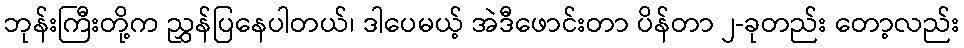
ဘုန်းကြီးတို့က ညွှန်ပြနေပါတယ်၊ ဒါပေမယ့် အဲဒီဖောင်းတာ ပိန်တာ ၂-ခုတည်း တော့လည်း